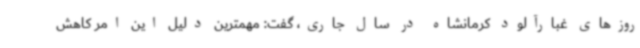
روزهای غبارآلود کرمانشاه در سال جاری، گفت: مهمترین دلیل این امر کاهش